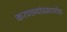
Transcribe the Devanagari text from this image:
करणार्‍यांप्रमाणेच